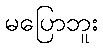
မပြောဘူး